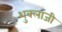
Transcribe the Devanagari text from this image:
शुक्लाजी